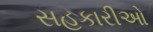
સહકારીઓ